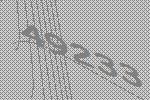
49233